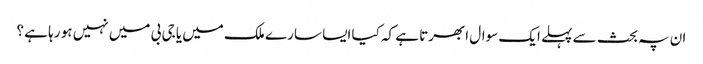
ان پہ بحث سے پہلے ایک سوال ابھرتا ہے کہ کیا ایسا سارے ملک میں یا جی بی میں نہیں ہو رہا ہے ؟